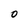
Character: O